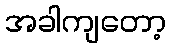
အခါကျတော့